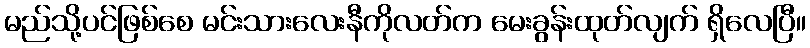
မည်သို့ပင်ဖြစ်စေ မင်းသားလေးနီကိုလတ်က မေးခွန်းထုတ်လျက် ရှိလေပြီ။